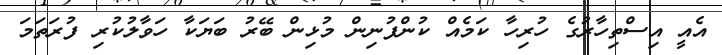
އެއީ އިސްތިހާރުގެ ހުރިހާ ކަމެއް ކުންފުނިން މުޅިން ބޭރު ބަޔަކާ ހަވާލުކުރި ފުރަތަމަ